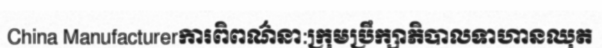
China Manufacturerការពិពណ៌នា:ក្រុមប្រឹក្សាភិបាលទាហានឈុត